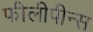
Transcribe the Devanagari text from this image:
फीलीपीन्स